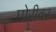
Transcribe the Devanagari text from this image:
घोरीवर